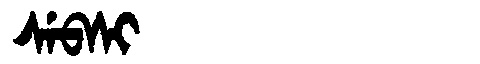
Manchu: ᠰᡝᠪᠰᡳ
Romanization: SEBSI